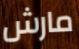
مارش